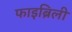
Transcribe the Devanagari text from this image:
फाइब्रिली